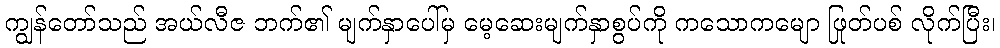
ကျွန်တော်သည် အယ်လီဇ ဘက်၏ မျက်နှာပေါ်မှ မေ့ဆေးမျက်နှာစွပ်ကို ကသောကမျော ဖြုတ်ပစ် လိုက်ပြီး၊